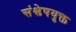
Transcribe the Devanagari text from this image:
संश्लेषयुक्त